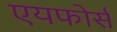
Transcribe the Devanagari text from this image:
एयफोर्स